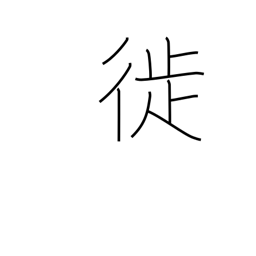
Meaning: move